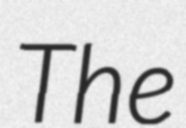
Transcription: The